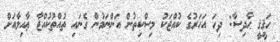
ޙަޤީޤީ ޙާދިސާ: ދިހަ އަހަރުގެ ކުއްޖަކު މިސްކިތުން އަންނަމުން ގެނައި ތުއްތުކުއްޖާ ޢާއިލާއަށް